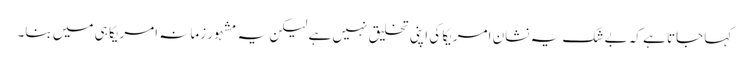
کہا جاتا ہے کہ بے شک یہ نشان امریکا کی اپنی تخلیق نہیں ہے لیکن یہ مشہور زمانہ امریکا ہی میں بنا۔